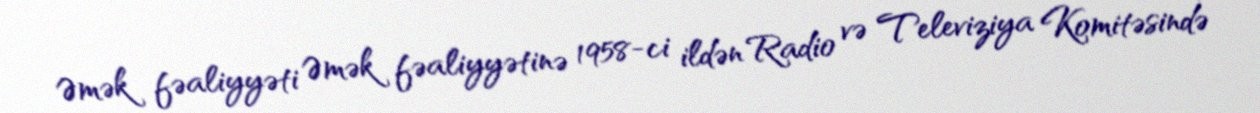
Əmək fəaliyyəti Əmək fəaliyyətinə 1958-ci ildən Radio və Televiziya Komitəsində